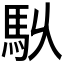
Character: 𮩶